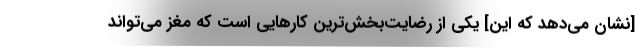
[نشان می‌دهد که این] یکی از رضایت‌بخش‌ترین کارهایی است که مغز می‌تواند